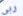
ربى